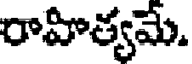
రాహిత్యమే.